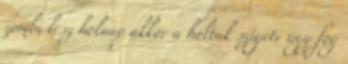
zombi lesz holnap akkor a holtak szigete úgy fog